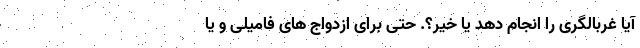
آیا غربالگری را انجام دهد یا خیر؟. حتی برای ازدواج های فامیلی و یا